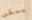
يمكن